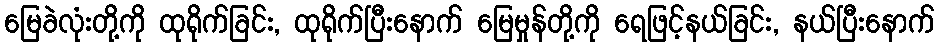
မြေခဲလုံးတို့ကို ထုရိုက်ခြင်း, ထုရိုက်ပြီးနောက် မြေမှုန်တို့ကို ရေဖြင့်နယ်ခြင်း, နယ်ပြီးနောက်